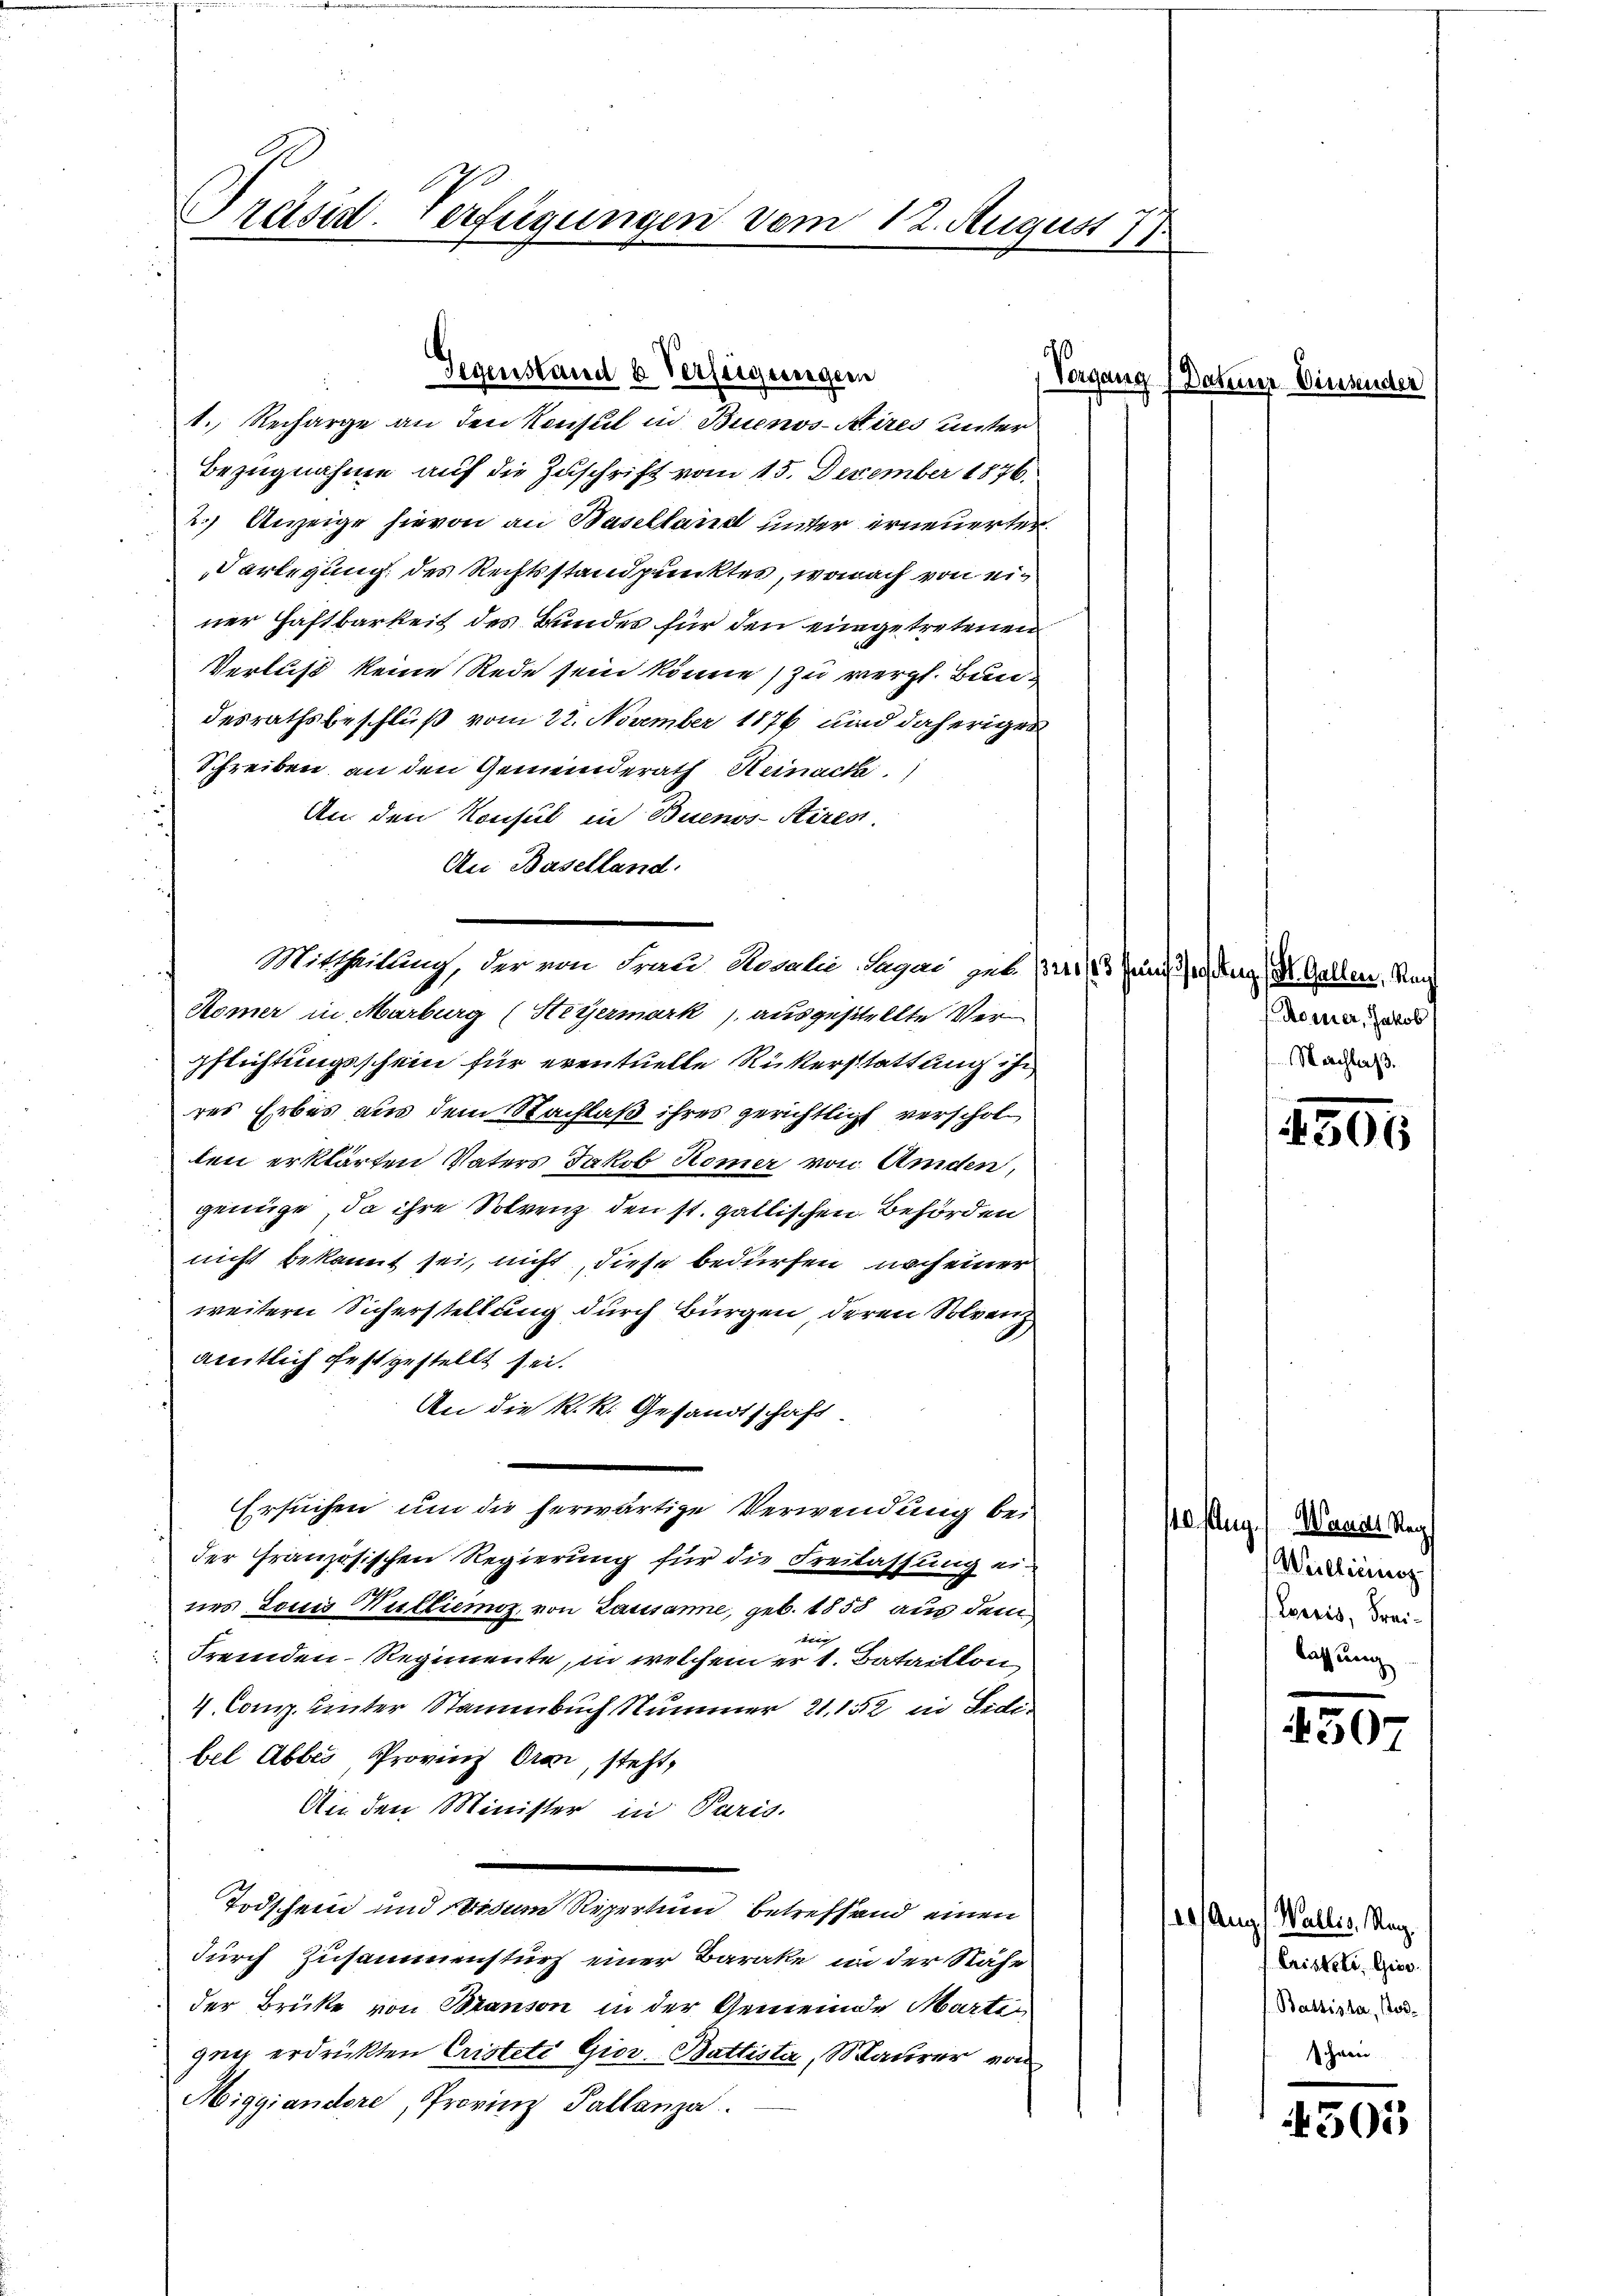
Präsid. Verfügungen vom 12. August 77.

1. Recharge an den Konsul in Buenos-Aires unter
Bezugnahme auf die Zuschrift vom 15. Dezember 1876.
2.) Anzeige hievon an Baselland unter erneuerter
Verlegung des Rechtsstandpunktes, wonach von einer Haftbarkeit des Bundes für den eingetretenen
Verlust keine Rede sein könne, zu vergl. Bundesrathsbeschluß vom 22. November 1876 und daheriger
Schreiben an den Gemeinderath Heinack.)
An den Konsul in Buenos-Aires.
An Baselland.
Mittheilung, der von Frau Rosalie Sagan zu 120 (13. Juni 21. Aug, St. Gallen, Nach
Römer in Marburg (Steyermark) ausgestellte Verpflichtungsschein für eventuelle Rükerstattung ihr
res Erbes aus dem Nachlaß ihres gerichtlich verscholten erklärten Vaters Jakob Homer von Amden,
genüge, da ihre Solvenz den st. gallischen Behörden
nicht bekannt sei, nicht, diese bedürfen noch einer
weitern Sicherstellung durch Bürgen, deren Solvenz
amtlich festgestellt sei.
An die k.k. Gesandtschaft.
Ersuchen um die herwärtige Verwendung bei
der Französischen Regierung für die Freilassung eines Louis Kulliemoz, von Lausanne, geb. 1858 aus dem
ke
Fremden-Regimente, in welchem er 1. Bataillon
4. Comp. unter Stammbuch Nummer 21. 152 in Sidibel Abbes Provinz Orai, steht,
An den Minister in Paris.
Todschein und Widum Repertum betreffend einen
durch Zusammensturz einer Barake, in der Nähe
der Brüke von Branson in der Gemeinde Marti
gen erdrükten Cristete Giov. Battista, Maurer von
Miggiandore, Provinz Pallanza.

ß
Gegenstand & Verfeigungen

Vorgang (Datum Diens

Römer, Jakob
Nachlaß.

305

40. flug. / Wander Reg
Willirungs
Lpreis, Freilassung

307

der Aug. Wallis, Manz
Cristete. Gies
Bassista, Rod¬

4505